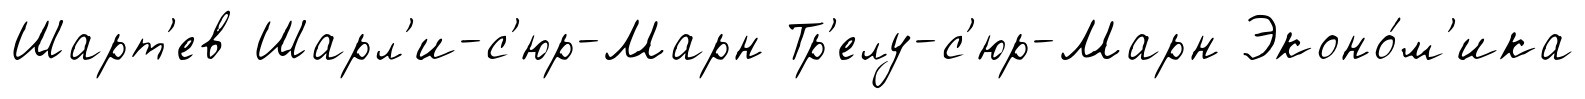
Шарт'ев Шарл'и-с'юр-Марн Тр'елу-с'юр-Марн Эконо́м'ика